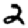
Digit: 2